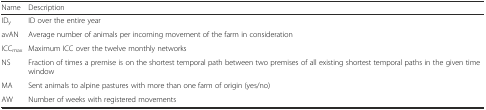
| Name | Description |
 | --- | --- |
 | IDy | ID over the entire year |
 | avAN | Average number of animals per incoming movement of the farm in consideration |
 | ICCmax | Maximum ICC over the twelve monthly networks |
 | NS | Fraction of times a premise is on the shortest temporal path between two premises of all existing shortest temporal paths in the given time window |
 | MA | Sent animals to alpine pastures with more than one farm of origin (yes/no) |
 | AW | Number of weeks with registered movements |